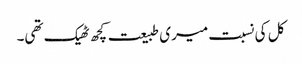
کل کی نسبت میری طبیعت کچھ ٹھیک تھی۔